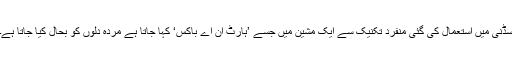
سڈنی میں استعمال کی گئی منفرد تکنیک سے ایک مشین میں جسے ’ہارٹ ان اے باکس‘ کہا جاتا ہے مردہ دلوں کو بحال کیا جاتا ہے۔